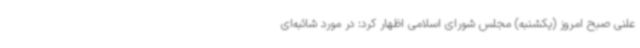
علنی صبح امروز (یکشنبه) مجلس شورای اسلامی اظهار کرد: در مورد شائبه‌ای